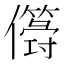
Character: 𠐫